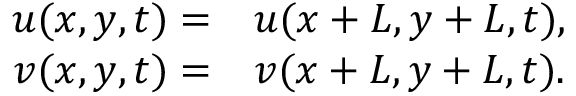
\begin{array} { r l } { u ( x , y , t ) = } & { { } u ( x + L , y + L , t ) , } \\ { v ( x , y , t ) = } & { { } v ( x + L , y + L , t ) . } \end{array}